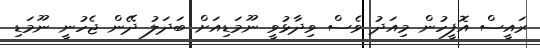
ރައީސް އޮފީހުން މިއަދު ވެސް ވިދާޅުވީ ނޫމަޑިއަށް ބަދަލު ދޭން ޖެހުނީ ނޫމަޑި